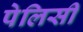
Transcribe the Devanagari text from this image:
पेलिसी